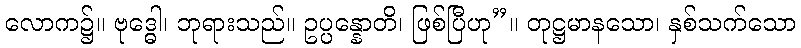
လောက၌။ ဗုဒ္ဓေါ၊ ဘုရားသည်။ ဥပ္ပန္နောတိ၊ ဖြစ်ပြီဟု”။ တုဋ္ဌမာနသော၊ နှစ်သက်သော